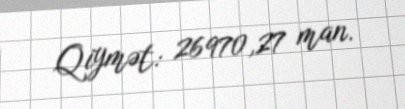
Qiymət: 26970,27 man.